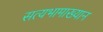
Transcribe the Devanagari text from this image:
सत्यभामाख्यान